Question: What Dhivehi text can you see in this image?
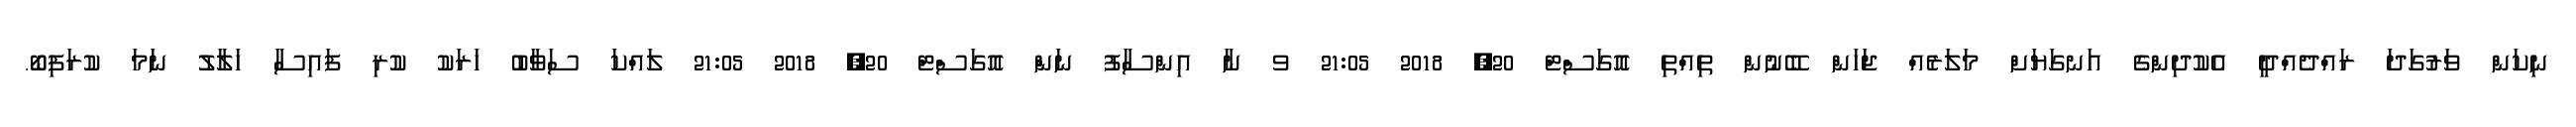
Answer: ނިކަން ވަރުގަދަ ރައްދެއްދީ އެކުދިންގެ އަނގަޔަށް މަލަރެއް ޖަހަން ބޭނުން ތިއްތި އޮގަސްޓް 20, 2018 21:05 ވ ނާ އިންސާފު ނަންްްްްް އޮގަސްޓް 20, 2018 21:05 ލައްކަ ސަވާބު ޚަރަކު ކުރި ފައިސާ ހަލާލު ނަމަ ކުރަފިބޯ.